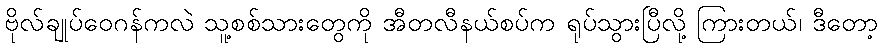
ဗိုလ်ချုပ်ဝေဂန်ကလဲ သူ့စစ်သားတွေကို အီတလီနယ်စပ်က ရုပ်သွားပြီလို့ ကြားတယ်၊ ဒီတော့